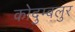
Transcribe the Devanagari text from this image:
कोदुम्बलुर